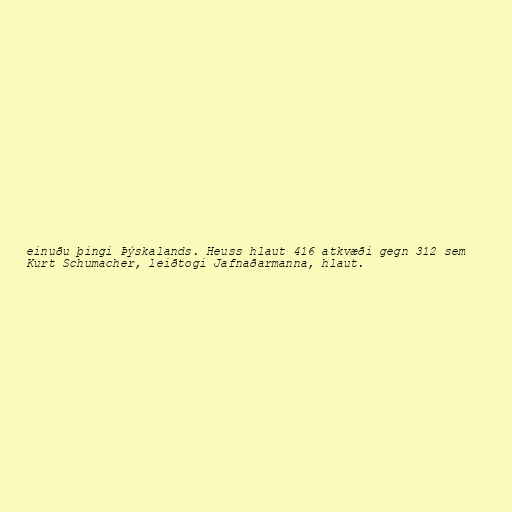
einuðu þingi Þýskalands. Heuss hlaut 416 atkvæði gegn 312 sem
Kurt Schumacher, leiðtogi Jafnaðarmanna, hlaut.